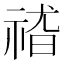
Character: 𱵕